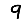
Digit: 9